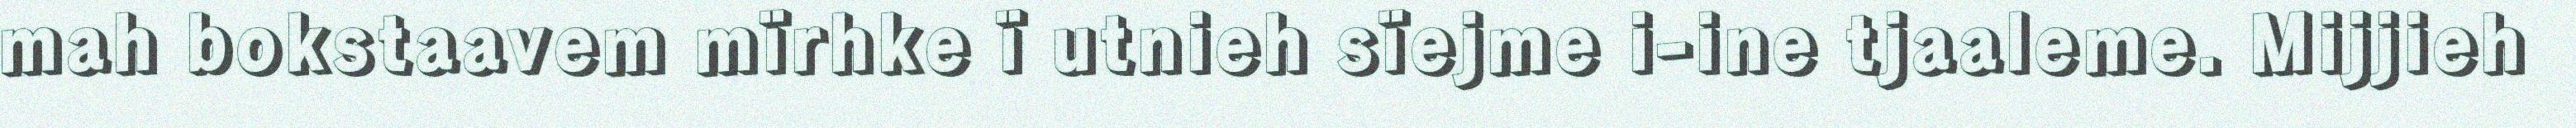
mah bokstaavem mïrhke ï utnieh sïejme i-ine tjaaleme. Mijjieh